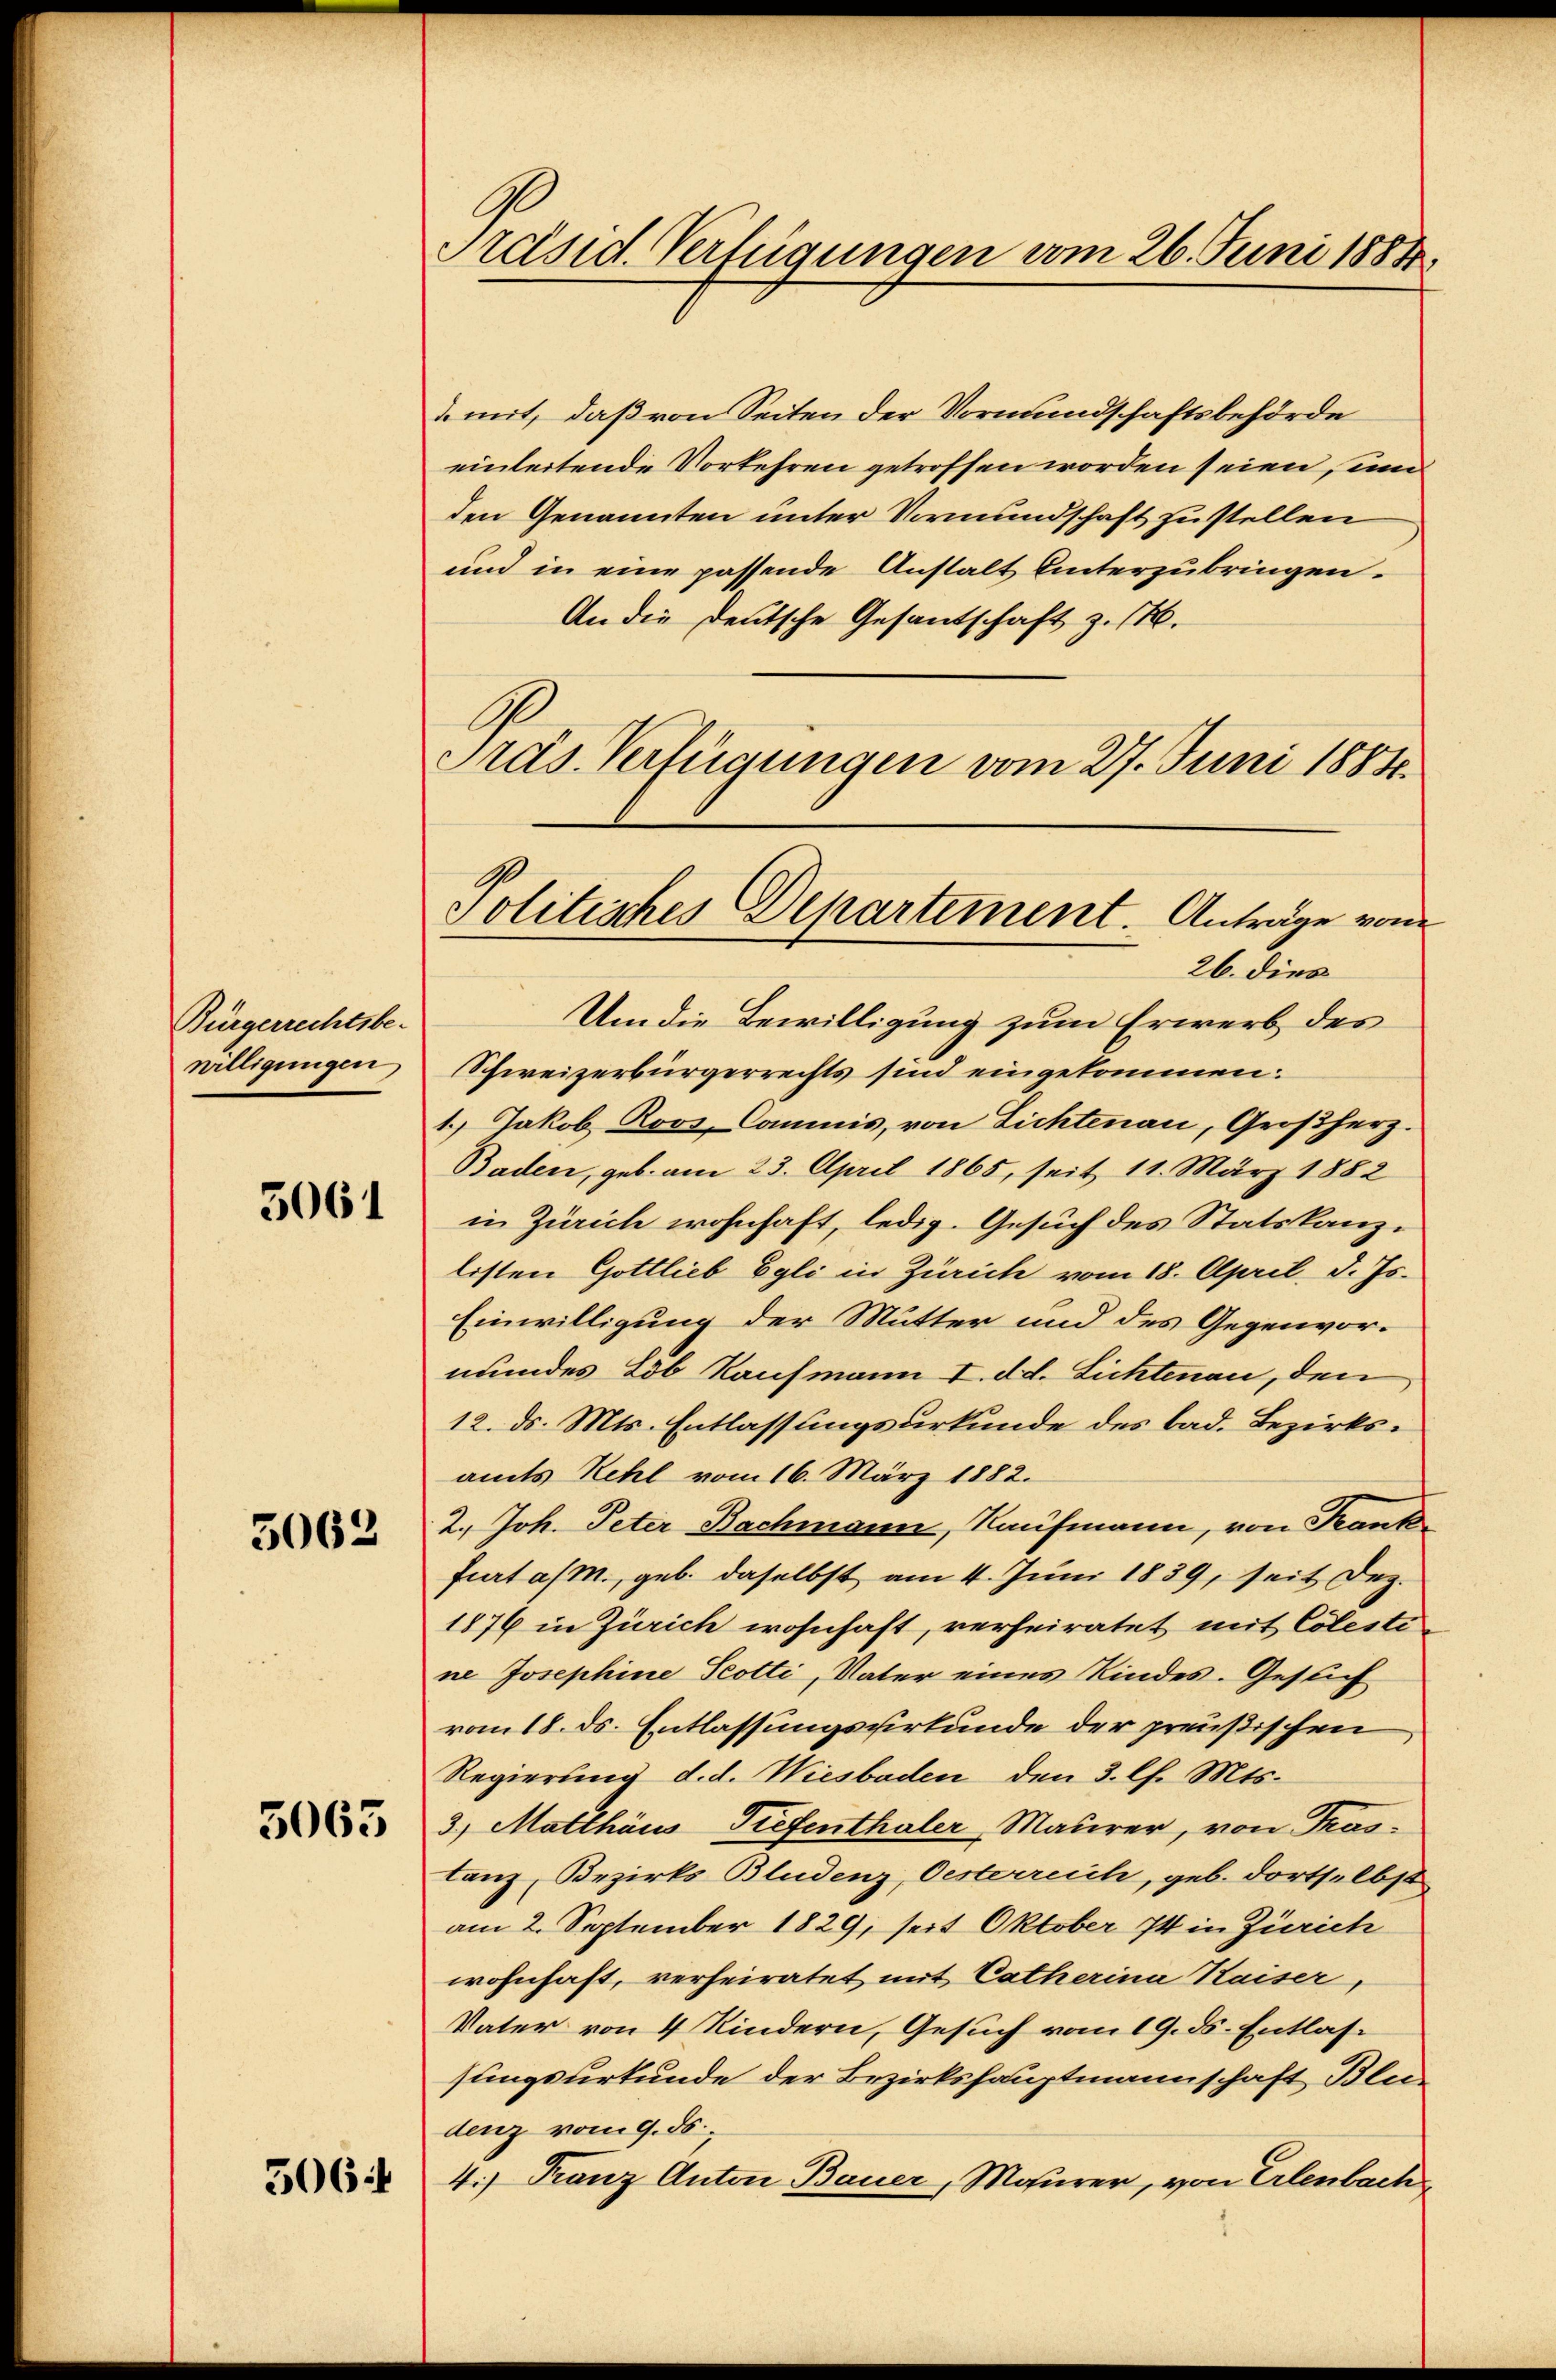
Bürgerrechtsbe-
willigungen

3061

5062

3063

506

Präsid. Verfügungen vom 26. Juni 1884.

& mit, daß von Seiten der Vormundschaftsbehörde
einleitende Vorkehren getroffen worden seien, und
den Genannten unter Vormundschaft zu stellen
und in eine passende Anstalt Unterzubringen.
An die deutsche Gesandschaft z. B.
G.
Präs. Verfügungen vom 27. Juni 1884.
26. dies
Um die Bewilligung zum Erwerb des
Schweizerbürgerrechts sind eingekommen:
1.) Jakob Roos, Commis, von Lichtenau, Großherz.
Baden, geb. am 23. April 1865, seit 11. März 1882
in Zürich wohnhaft, ledig. Gesuch des Statskanzlisten Gottlieb Egli in Zürich vom 18. April d. Js.
Einwilligung der Mutter und des Gegenvormundes Lob Kaufmann I. d. d. Lichtenau, den
12. d. Mts. Entlassungsurkunde des bad. Bezirksamts Kehl vom 16. März 1882.
2.) Joh. Peter Bachmann, Kaufmann, von Frank
furt a/M., geb. daselbst am 4. Juni 1839, seit Dez.
1876 in Zürich wohnhaft, verheiratet mit Colestine Josephine Scotti, Vater eines Kindes. Gesuch
vom 18. ds. Entlassungsurkunde der preußischen
Regierung d. d. Wiesbaden den 3. l. Mts.
3.) Matthäus Tiefenthaler, Maurer, von Trastanz, Bezirks Bludenz, Oesterreich, geb. dortselbst
am 2. September 1829, seit Oktober 74 in Zürich
wohnhaft, verheiratet mit Catherina Kaiser,
Vater von 4 Kindern, Gesuch vom 19. ds. Entlassungsurkunde der Bezirkshauptmannschaft Bludenz vom 9. ds.
4.) Franz Anton Bauer, Maurer, von Erlenbach

Politisches Departement. Anträge von